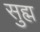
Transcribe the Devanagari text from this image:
सुह्म